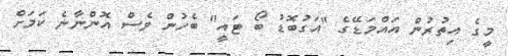
މީގެ އިތުރުން އައްމަޑޭގެ "އަގުބޮޑު ބޯ ޓައީ" ބެހުން ވެސް އޮންނާނެ ކަމަށް